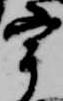
宰